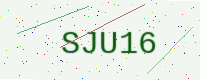
Text: SJU16